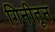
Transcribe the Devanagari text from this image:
गिनीतून